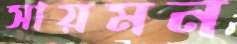
সায়মন